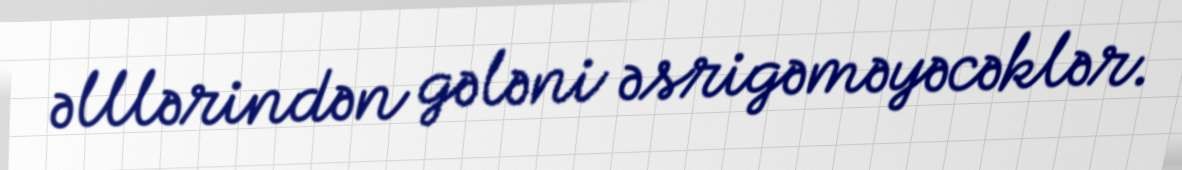
əlllərindən gələni əsrigəməyəcəklər.